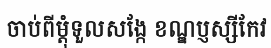
ចាប់ពីម្តុំទួលសង្កែ ខណ្ឌប្ញស្សីកែវ